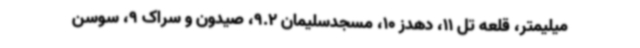
میلیمتر، قلعه تل 11، دهدز 10، مسجدسلیمان 9.2، صیدون و سراک 9، سوسن